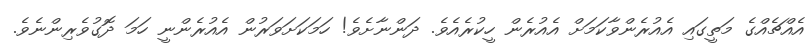
އެއްޗެއްގެ މަތީގައި އެއުރެންވާކަމަށް އެއުރެން ހީކުރެއެވެ. ދަންނާށެވެ! ހަމަކަށަވަރުން އެއުރެންނީ ހަމަ ދޮގުވެރިންނެވެ.